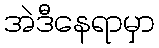
အဲဒီနေရာမှာ